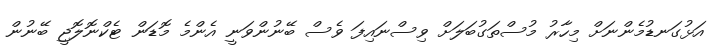
އަޅުގަނޑުމެންނަށް މިހާރު މުސްތަގުބަލަށް ވިސްނައިފަ ވެސް ބޭނުންވަނީ އެންމެ މޮޑަން ޓެކްނޮލޮޖީ ބޭނުން